Indian journal of veterinary science and animal husbandry - Volume 10,
Year: 1940
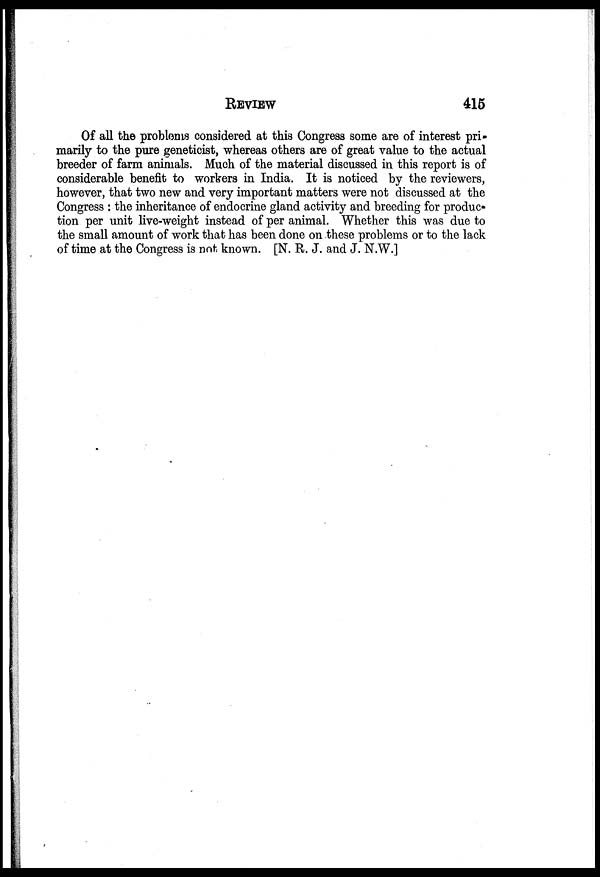
REVIEW
415
Of all the problems considered at this Congress some are of interest pri-
marily to the pure geneticist, whereas others are of great value to the actual
breeder of farm animals. Much of the material discussed in this report is of
considerable benefit to workers in India. It is noticed by the reviewers,
however, that two new and very important matters were not discussed at the
Congress : the inheritance of endocrine gland activity and breeding for produc-
tion per unit live-weight instead of per animal. Whether this was due to
the small amount of work that has been done on these problems or to the lack
of time at the Congress is not known. [N. R. J. and J. N.W.]